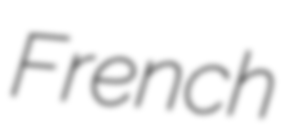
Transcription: French